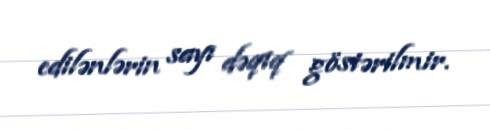
edilənlərin sayı dəqiq göstərilmir.